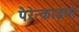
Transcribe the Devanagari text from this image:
पैरेन्काइमा